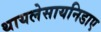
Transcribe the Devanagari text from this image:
थायलेसायनिडाए